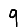
Digit: 9